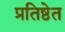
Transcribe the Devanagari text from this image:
प्रतिष्ठेत